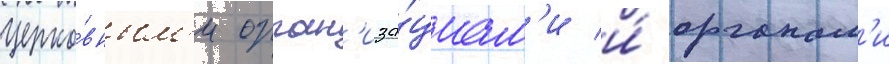
церко́вным'и орган'иза́циам'и и́ органам'и